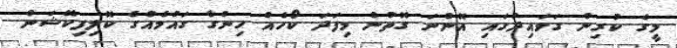
މީގެ ކުރިން ގަވައިދުގައި އޮންނަ ގޮތުން މިފަދަ ކޯހެއް ހިންގާ ގައުމެއްގެ ކޮލިފިކޭޝަން